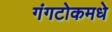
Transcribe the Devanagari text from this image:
गंगटोकमधे